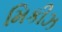
મિકીઝ